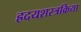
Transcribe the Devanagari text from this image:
ह्रदयशस्त्रक्रिया